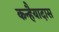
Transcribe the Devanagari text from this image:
कन्हैयादास